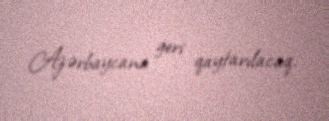
Azərbaycana geri qaytarılacaq.